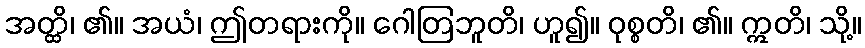
အတ္ထိ၊ ၏။ အယံ၊ ဤတရားကို။ ဂေါတြဘူတိ၊ ဟူ၍။ ဝုစ္စတိ၊ ၏။ ဣတိ၊ သို့။